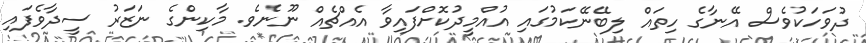
ދުވަހަކުވެސް އޭނާގެ ހިތައް ލިބޭނޭކަމުގައި އުއްމީދުކޮށްފައިވާ އެއްޗެއް ނޫނެވެ. މާކިންގެ ނަޒަރު ސީދާވެފައި